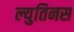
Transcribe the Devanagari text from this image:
ल्युतिनस